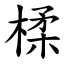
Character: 楺